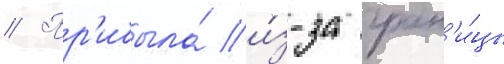
// Пр'ибыла́ и́з-за гран'и́цы